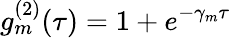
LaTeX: g_{m}^{(2)}(\tau)=1+e^{-\gamma_{m}\tau}